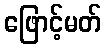
ဖြောင့်မတ်